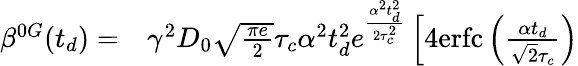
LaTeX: \begin{array}{rl}{\beta^{0G}(t_{d})=}&{{}\gamma^{2}D_{0}\sqrt{\frac{\pi e}{2}}\tau_{c}\alpha^{2}t_{d}^{2}e^{\frac{\alpha^{2}t_{d}^{2}}{2\tau_{c}^{2}}}\left[4\textrm{erfc}\left(\frac{\alpha t_{d}}{\sqrt{2}\tau_{c}}\right)\right.}\end{array}